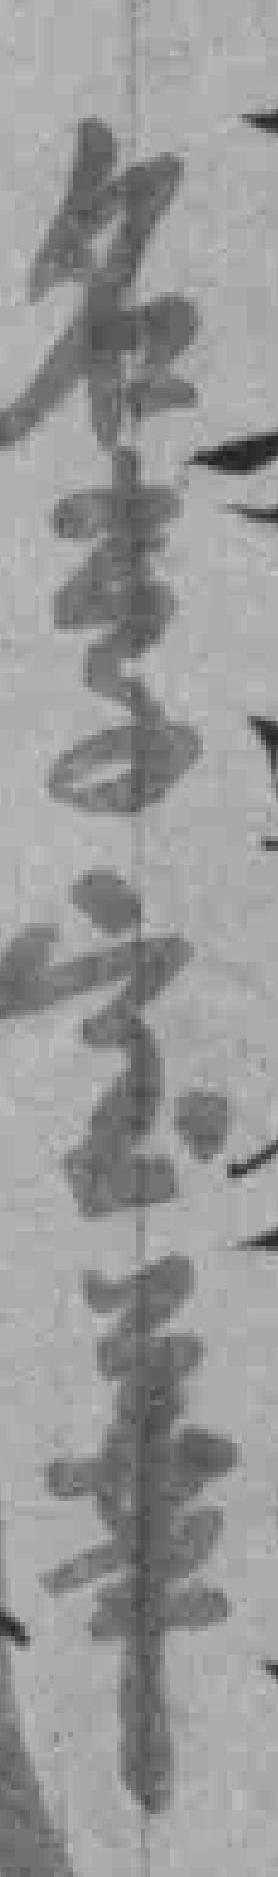
名李宝華